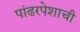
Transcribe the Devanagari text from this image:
पांढरपेशाची